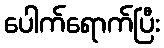
ပေါက်ရောက်ပြီး